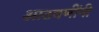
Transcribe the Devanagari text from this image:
आठवणींनी